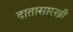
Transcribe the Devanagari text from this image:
दातासारखी